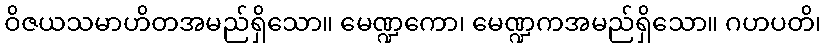
ဝိဇယသမာဟိတအမည်ရှိသော။ မေဏ္ဍကော၊ မေဏ္ဍကအမည်ရှိသော။ ဂဟပတိ၊